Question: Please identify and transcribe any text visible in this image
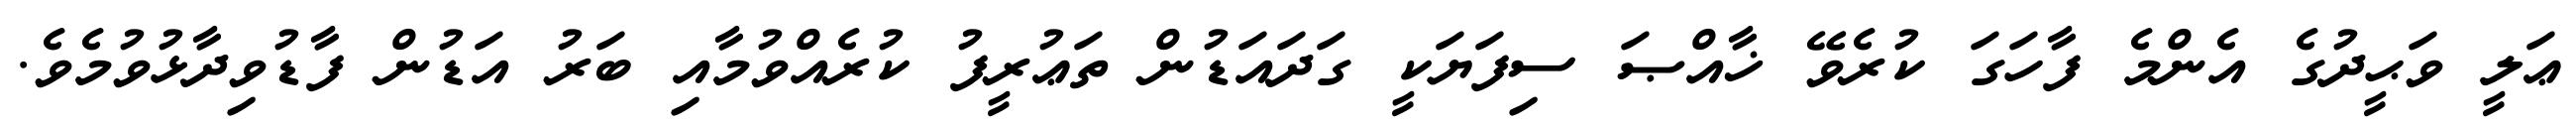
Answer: ޢަލީ ވަޙީދުގެ އެންމެ ފާހަގަ ކުރެވޭ ޚާއްޞަ ސިފަޔަކީ ގަދައަޑުން ތަޢުރީފު ކުރެއްވުމާއި ބަރު އަޑުން ފާޑުވިދާޅުވުމެވެ.